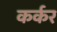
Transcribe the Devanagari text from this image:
कर्कर